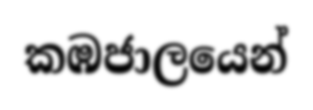
කඹජාලයෙන්